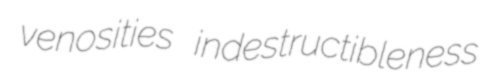
venosities indestructibleness